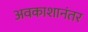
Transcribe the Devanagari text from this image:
अवकाशानंतर